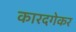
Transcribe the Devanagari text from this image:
कारदगेकर